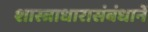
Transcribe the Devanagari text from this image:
शास्त्राधारासंबंधानें